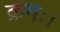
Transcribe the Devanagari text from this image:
क्रमः।